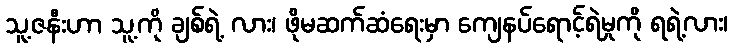
သူ့ဇနီးဟာ သူ့ကို ချစ်ရဲ့ လား၊ ဖိုမဆက်ဆံရေးမှာ ကျေနပ်ရောင့်ရဲမှုကို ရရဲ့လား၊